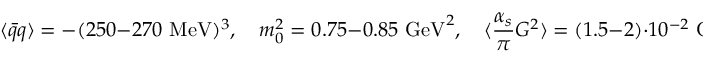
\langle \bar { q } q \rangle = - ( 2 5 0 - 2 7 0 \mathrm { ~ M e V } ) ^ { 3 } , \quad m _ { 0 } ^ { 2 } = 0 . 7 5 - 0 . 8 5 \mathrm { ~ G e V } ^ { 2 } , \quad \langle \frac { \alpha _ { s } } { \pi } G ^ { 2 } \rangle = ( 1 . 5 - 2 ) \cdot 1 0 ^ { - 2 } \mathrm { ~ G e V } ^ { 4 } ,